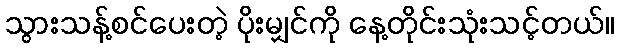
သွားသန့်စင်ပေးတဲ့ ပိုးမျှင်ကို နေ့တိုင်းသုံးသင့်တယ်။